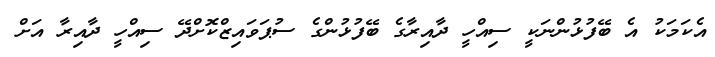
އެކަމަކު އެ ބޭފުޅުންނަކީ ސިއްހީ ދާއިރާގެ ބޭފުޅުންގެ ސުޕަވައިޒްކޮށްދޭ ސިއްހީ ދާއިރާ އަށް